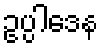
ဥပ္ပါဒေန